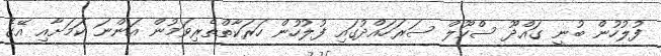
ފުލުހުން ބުނީ ގައްދޫ ސްކޫލް ސަރަހައްދުގައި ފުލުހުން ހަރަކާތްތެރިވަމުން އަންނަ ކަމަށާއި އޭގެ